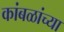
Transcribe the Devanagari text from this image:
कांबळांच्या